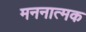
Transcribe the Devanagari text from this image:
मननात्मक